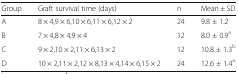
<table><thead><tr><td><b>Group</b></td><td><b>Graft survival time (days)</b></td><td><b>n</b></td><td><b>Mean ± SD</b></td></tr></thead><tbody><tr><td>A</td><td>8 × 4,9 × 6,10 × 6,11 × 6,12 × 2</td><td>24</td><td>9.8 ± 1.2</td></tr><tr><td>B</td><td>7 × 4,8 × 4,9 × 4</td><td>12</td><td>8.0 ± 0.9<sup>a</sup></td></tr><tr><td>C</td><td>9 × 2,10 × 2,11 × 6,13 × 2</td><td>12</td><td>10.8 ± 1.3<sup>b</sup></td></tr><tr><td>D</td><td>10 × 2,11 × 2,12 × 8,13 × 4,14 × 6,15 × 2</td><td>24</td><td>12.6 ± 1.4<sup>a</sup></td></tr></tbody></table>